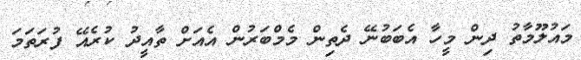
މައުލޫމާތު ދިން މީހާ އެބަބުނޭ ދެތިން މެމްބަރުން އެއަށް ތާއީދު ކުރެއޭ ފުރަތަމަ